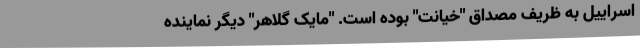
اسراییل به ظریف مصداق "خیانت" بوده است. "مایک گلاهر" دیگر نماینده